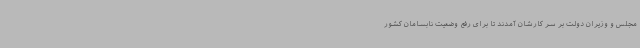
مجلس و وزیران دولت بر سر کارشان آمدند تا برای رفع وضعیت نابسامان کشور